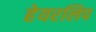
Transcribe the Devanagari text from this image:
हेयरलिप